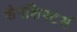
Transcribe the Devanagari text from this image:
शेपशिफ्टर्स